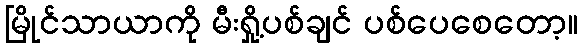
မြိုင်သာယာကို မီးရှို့ပစ်ချင် ပစ်ပေစေတော့။